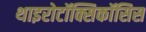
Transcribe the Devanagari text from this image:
थाइरोटॉक्सिकॉसिस